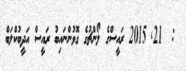
:  21